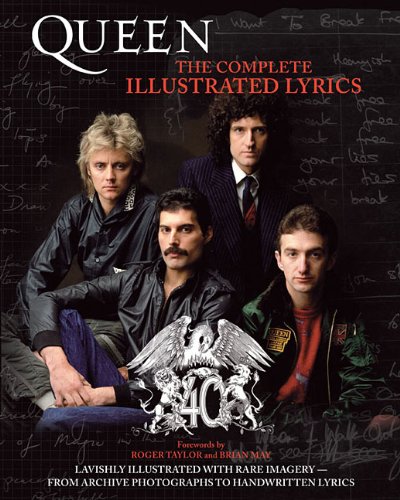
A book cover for Queen: The Complete Illustrated Lyrics; Queen; Reference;